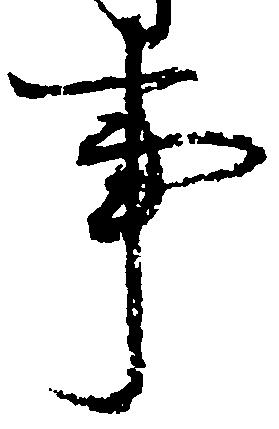
事